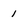
Character: 1